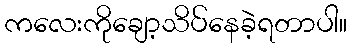
ကလေးကိုချော့သိပ်နေခဲ့ရတာပါ။